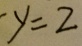
y = 2